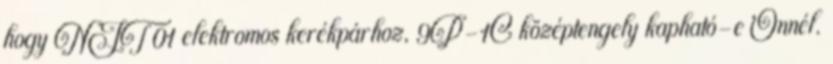
hogy NJT 01 elektromos kerékpárhoz, 9P-1C középtengely kapható-e Önnél.